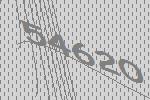
54620